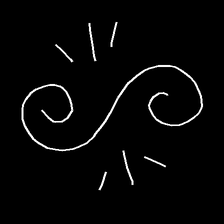
Glyph: wind-directs-air